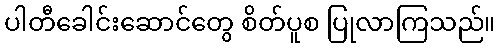
ပါတီခေါင်းဆောင်တွေ စိတ်ပူစ ပြုလာကြသည်။